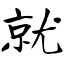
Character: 就